Scottish Leaving Certificate Examination, 1952
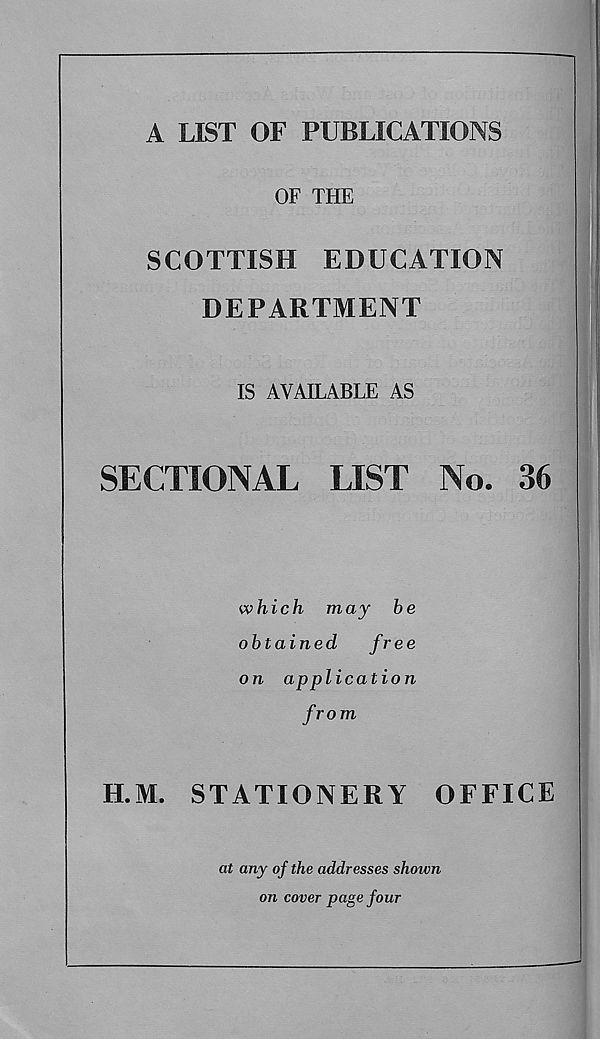
A LIST OF PUBLICATIONS
OF THE
SCOTTISH
EDUCATION
DEPARTMENT
IS AVAILABLE AS
SECTIONAL
LIST
No.
36
which may be
obtained
free
on application
from
H.M.
STATIONERY
OFFICE
at any of the addresses shown
on cover page four